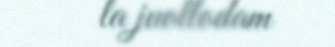
la juollodam